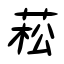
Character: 菘